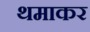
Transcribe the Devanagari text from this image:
थमाकर